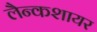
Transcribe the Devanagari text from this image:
लैन्कशायर